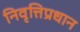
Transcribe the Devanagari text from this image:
निवृत्तिप्रधान